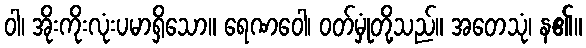
ဝါ၊ အိုးကိုးလုံးပမာရှိသော။ ရေဏဝေါ၊ ဝတ်မှုံတို့သည်။ အတေသုံ၊ န၏။